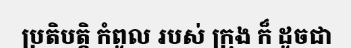
ប្រតិបត្តិ កំពូល របស់ ក្រុង ក៏ ដូចជា